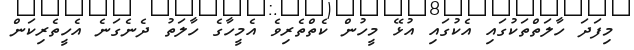
މިފަދަ ހާލަތްތަކުގައި އެކުގައި އުޅޭ މީހުން ކެތްތެރިވެ އެމީހާގެ ހާލަތު ދެނެގަނެ އެހީތެރިކަން